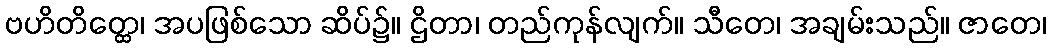
ဗဟိတိတ္ထေ၊ အပဖြစ်သော ဆိပ်၌။ ဌိတာ၊ တည်ကုန်လျက်။ သီတေ၊ အချမ်းသည်။ ဇာတေ၊